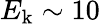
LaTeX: E_{\mathrm{k}}\sim 10